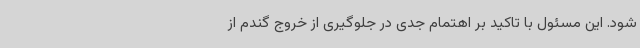
شود. این مسئول با تاکید بر اهتمام جدی در جلوگیری از خروج گندم از